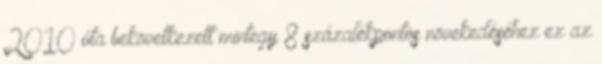
2010 óta bekövetkezett mintegy 8 százalékpontos növekedéséhez ez az